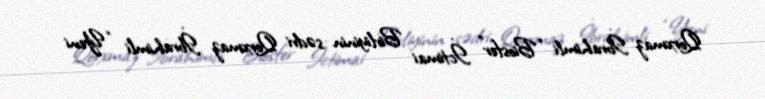
Qorxmaz İbrahimli “Biosfer” İctimai Birliyinin sədri Qorxmaz İbrahimli “Yeni